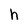
Character: h